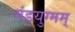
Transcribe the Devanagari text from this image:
गंडयुग्मम्